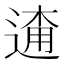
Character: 𨓸